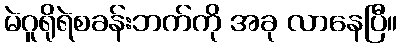
မဲဂူရိုရဲစခန်းဘက်ကို အခု လာနေပြီ။